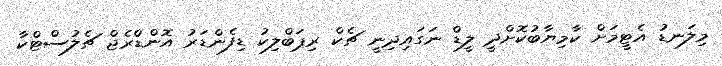
މިލަނޑު އެޓީމަށް ކާމިޔާބުކޮށްދީ ލީޑް ނަގައިދިނީ ޗެކް ރިޕަބްލިކު ޑިފެންޑަރު އޮންޑްރެޖް ޗެލުސްޓްކާ